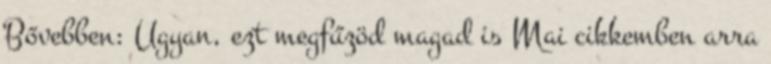
Bővebben: Ugyan, ezt megfűzöd magad is Mai cikkemben arra